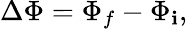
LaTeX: \Delta\Phi=\Phi_{f}-\Phi_{\mathbf{i}},